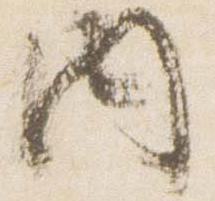
内